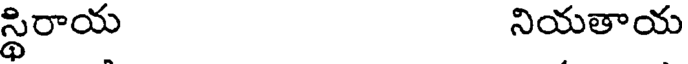
స్థిరాయ నియతాయ